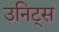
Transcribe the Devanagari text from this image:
उनिट्स